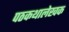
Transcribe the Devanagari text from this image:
पठकथालेखक